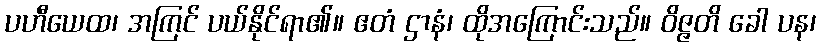
ပဟီယေထ၊ အကြင် ပယ်နိုင်ရာ၏။ ဧတံ ဌာနံ၊ ထိုအကြောင်းသည်။ ဝိဇ္ဇတိ ခေါ ပန၊